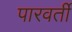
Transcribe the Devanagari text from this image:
पारवर्ती